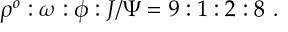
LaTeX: \rho ^ { o } : \omega : \phi : J / \Psi = 9 : 1 : 2 : 8 \ .